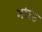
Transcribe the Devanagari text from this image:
मोरंड